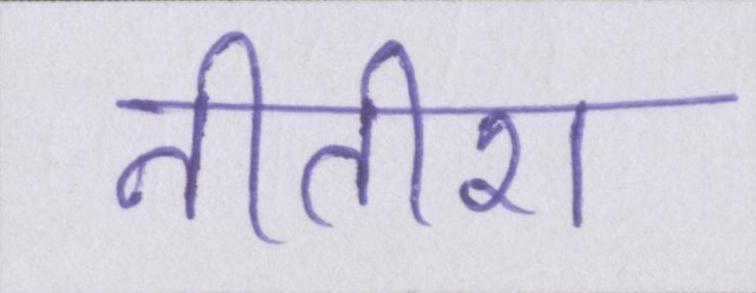
नीतीश